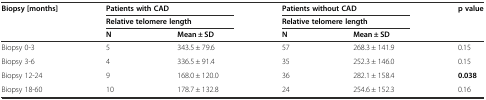
<table><thead><tr><td><b>Biopsy [months]</b></td><td colspan="2"><b>Patients with CAD</b></td><td colspan="2"><b>Patients without CAD</b></td><td><b>p value</b></td></tr><tr><td rowspan="2"></td><td colspan="2"><b>Relative telomere length</b></td><td colspan="2"><b>Relative telomere length</b></td><td rowspan="2"></td></tr><tr><td><b>N</b></td><td><b>Mean ± SD</b></td><td><b>N</b></td><td><b>Mean ± SD</b></td></tr></thead><tbody><tr><td>Biopsy 0-3</td><td>5</td><td>343.5 ± 79.6</td><td>57</td><td>268.3 ± 141.9</td><td>0.15</td></tr><tr><td>Biopsy 3-6</td><td>4</td><td>336.5 ± 91.4</td><td>35</td><td>252.3 ± 146.0</td><td>0.15</td></tr><tr><td>Biopsy 12-24</td><td>9</td><td>168.0 ± 120.0</td><td>36</td><td>282.1 ± 158.4</td><td><b>0.038</b></td></tr><tr><td>Biopsy 18-60</td><td>10</td><td>178.7 ± 132.8</td><td>24</td><td>254.6 ± 152.3</td><td>0.16</td></tr></tbody></table>